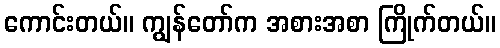
ကောင်းတယ်။ ကျွန်တော်က အစားအစာ ကြိုက်တယ်။